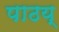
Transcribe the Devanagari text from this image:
पाठय्